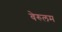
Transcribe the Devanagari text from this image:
वेरुलम